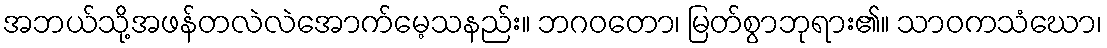
အဘယ်သို့အဖန်တလဲလဲအောက်မေ့သနည်း။ ဘဂဝတော၊ မြတ်စွာဘုရား၏။ သာဝကသံဃော၊